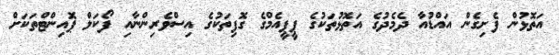
އަތޮޅުން ފެށިގެން އައްޑުއާ ދެމެދުގެ އަތޮޅުތަކުގެ ޕީޕީއެމްގެ ގޮފިތަކުގެ އިސްވެރިންނާއި ފޯކަލް ޕޮއިންޓްތަކަށް